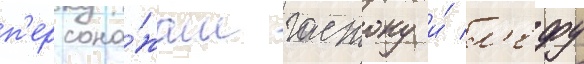
п'ерсона́жам гастону и́ л'ефу